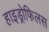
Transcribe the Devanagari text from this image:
हाइड्रोफिलस